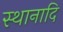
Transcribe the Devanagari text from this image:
स्थानादि